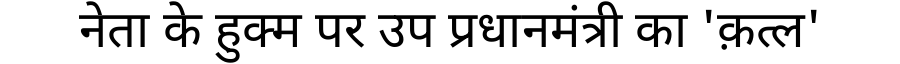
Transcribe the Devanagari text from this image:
नेता के हुक्म पर उप प्रधानमंत्री का 'क़त्ल'